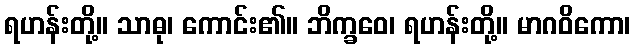
ရဟန်းတို့။ သာဓု၊ ကောင်း၏။ ဘိက္ခဝေ၊ ရဟန်းတို့။ မာဂဝိကော၊